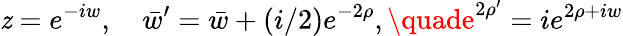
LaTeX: \mathit{z}=e^{-iw},\quad\bar{{w}}^{\prime}=\bar{{w}}+(i/2)e^{-2\rho},\quade^{2\rho^{\prime}}=ie^{2\rho+iw}